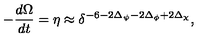
- \frac { d \Omega } { d t } = \eta \approx \delta ^ { - 6 - 2 \Delta _ { \psi } - 2 \Delta _ { \phi } + 2 \Delta _ { \chi } } ,